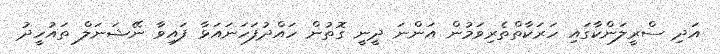
އަދި ސްރީލަންކާގައި ހަރަކާތްތެރިވަމުން އަންނަ ދީނީ ގޮތުން ހައްދުފަހަނައަޅާ ފައިވާ ނޭޝަނަލް ތައުހީދު